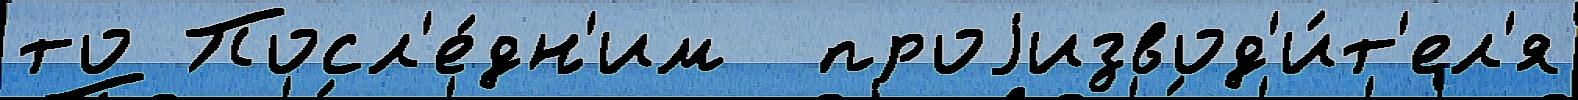
то Посл'е́дн'им  проjизвод'и́т'ел'я